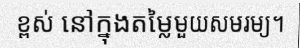
ខ្ពស់ នៅក្នុងតម្លៃមួយសមរម្យ។